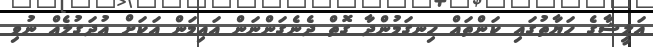
އަލީޝާގެ ހަޔާތުގައި ކަންތައް ހިނގަމުންދާ ގޮތް ދެނެގަންނަން އައިމަން އަކަށް އުދަގުލެއް ނުވި